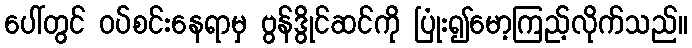
ပေါ်တွင် ဝပ်စင်းနေရာမှ ဗွန်ဒွိုင်ဆင်ကို ပြုံး၍မော့ကြည့်လိုက်သည်။